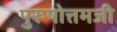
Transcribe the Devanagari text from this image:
पुरूषोत्तमजी